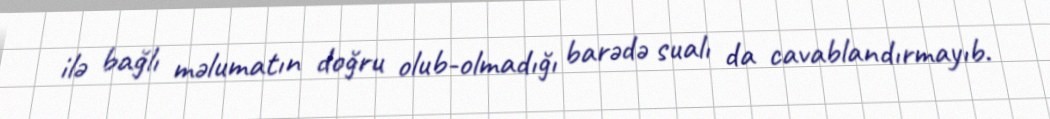
ilə bağlı məlumatın doğru olub-olmadığı barədə sualı da cavablandırmayıb.